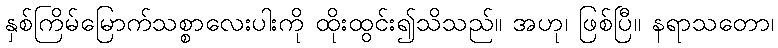
နှစ်ကြိမ်မြောက်သစ္စာလေးပါးကို ထိုးထွင်း၍သိသည်။ အဟု၊ ဖြစ်ပြီ။ နရာသတော၊